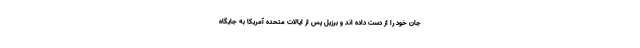
جان خود را از دست داده اند و برزیل پس از ایالات متحده آمریکا به جایگاه